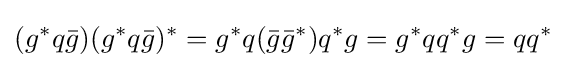
(g^{*}q{\bar {g}})(g^{*}q{\bar {g}})^{*}=g^{*}q({\bar {g}}{\bar {g}}^{*})q^{*}g=g^{*}qq^{*}g=qq^{*}